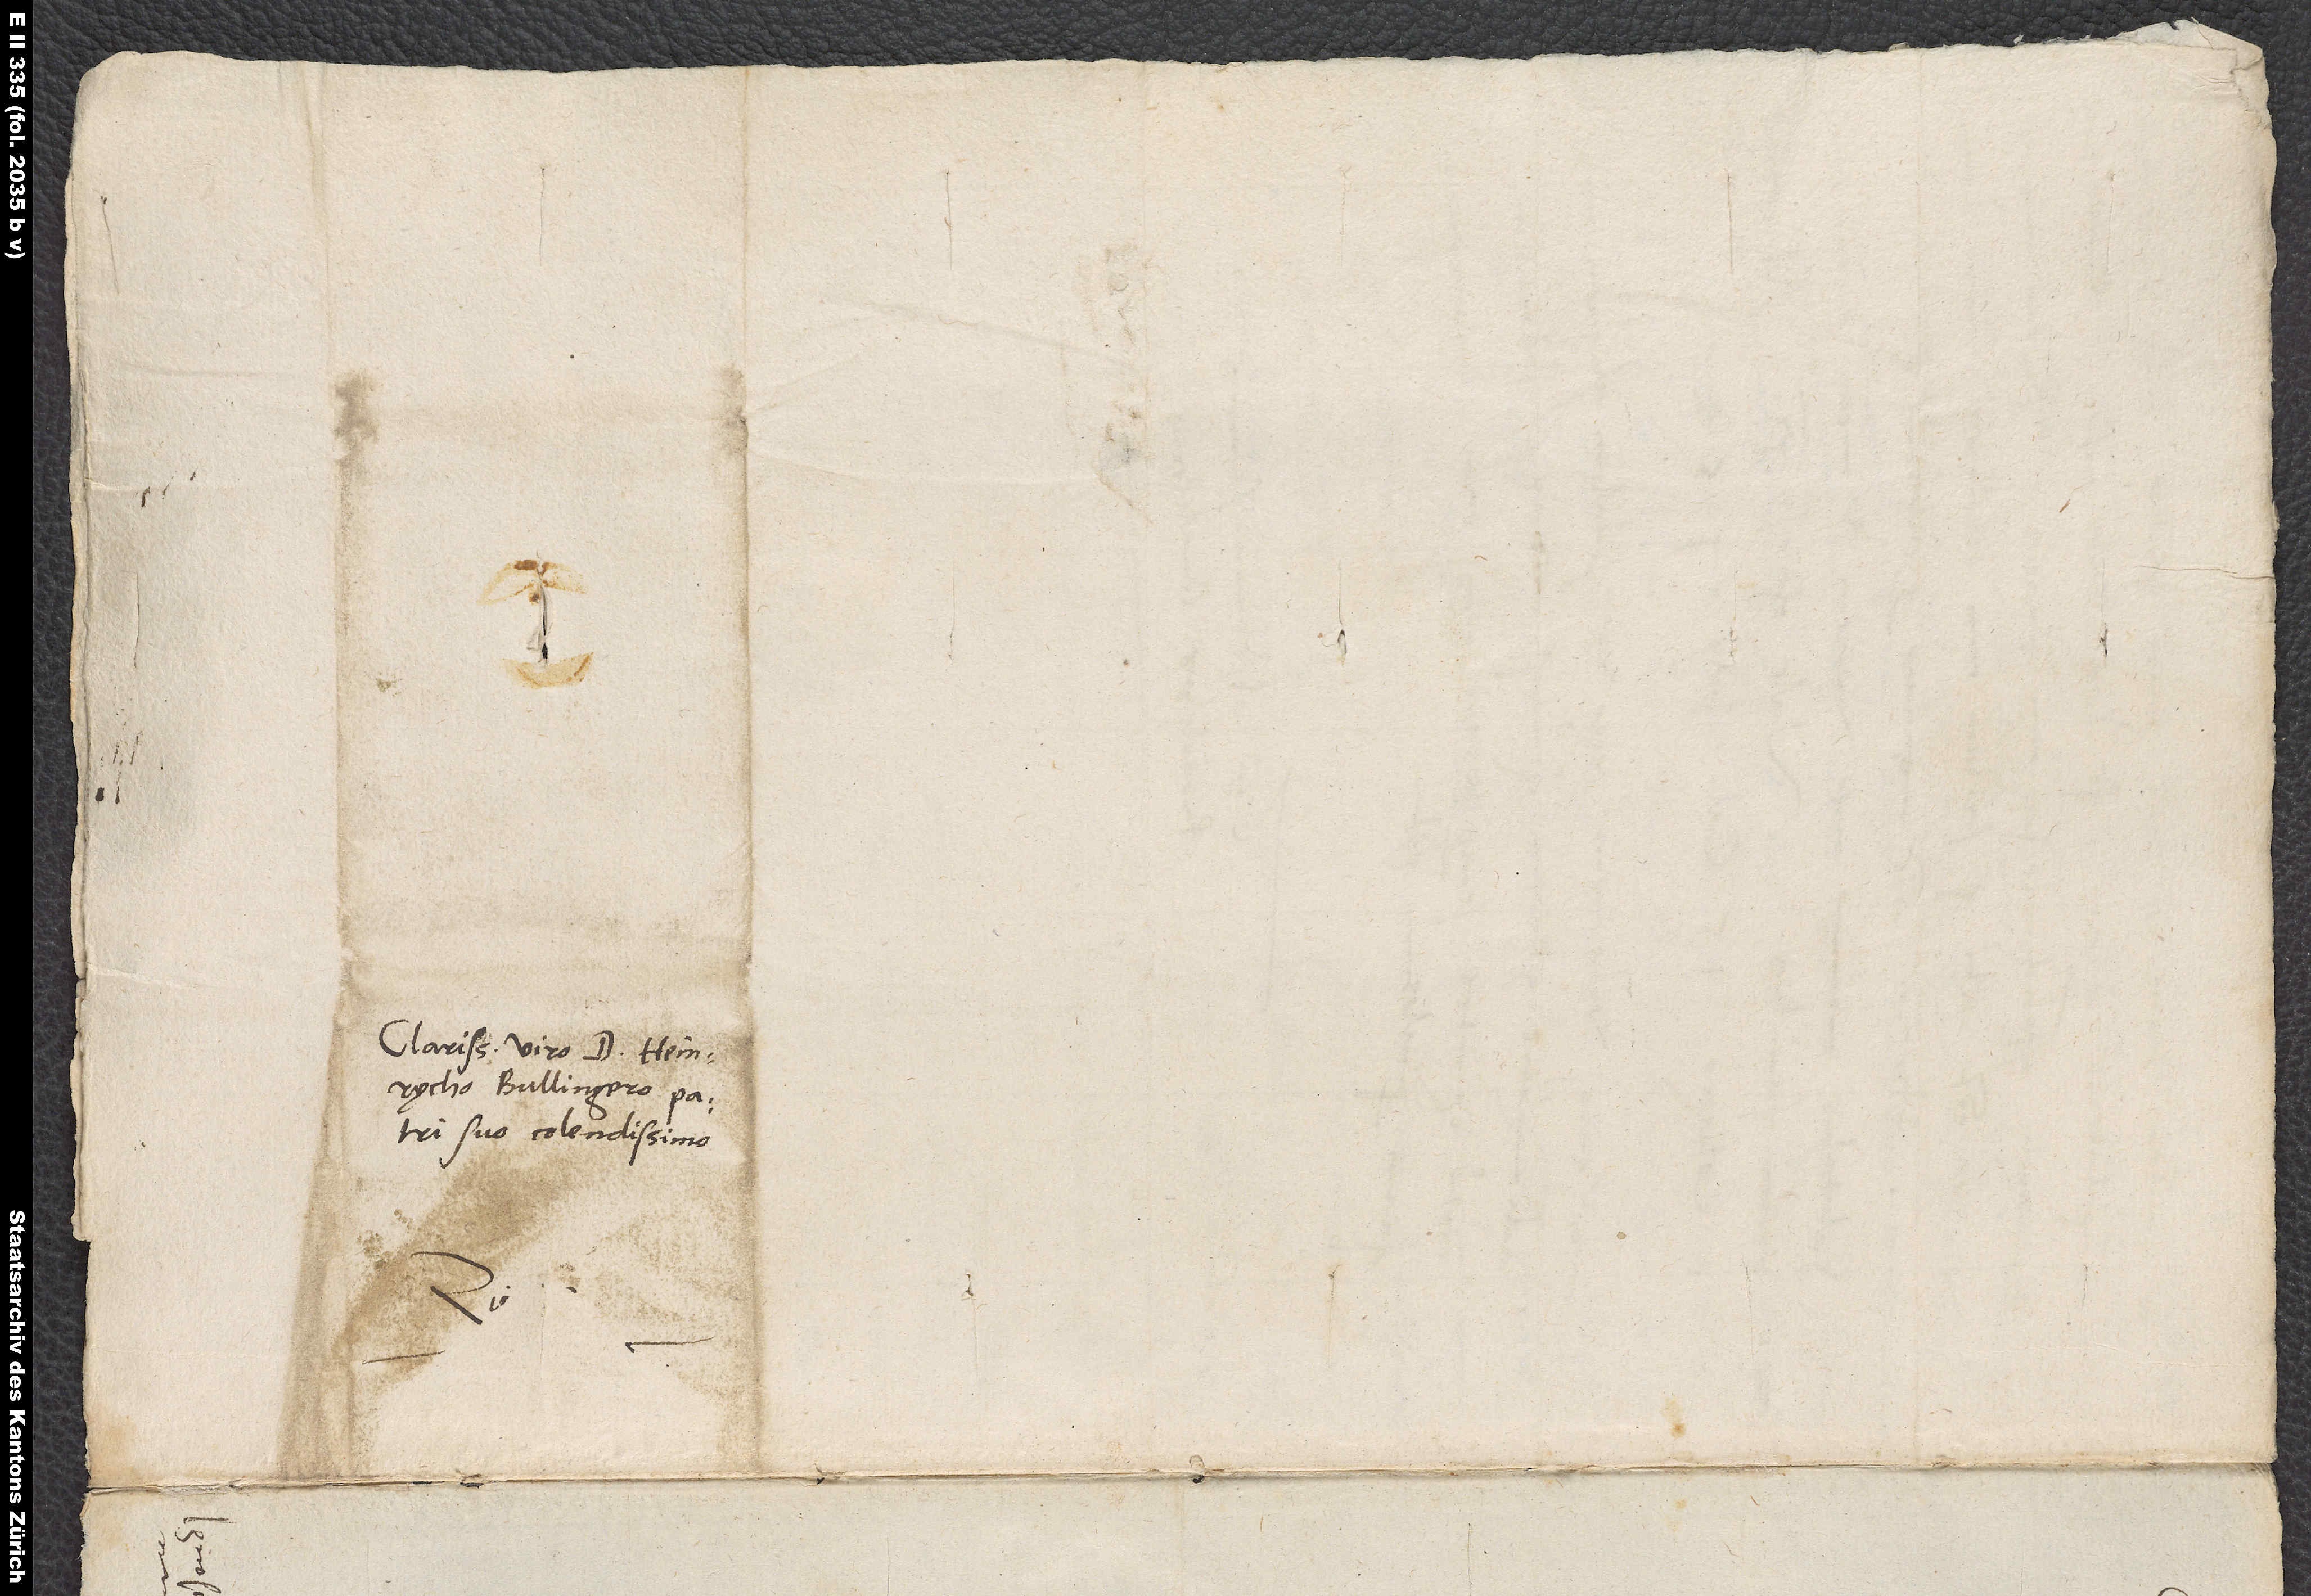
Clarissimo viro d. Heinrycho
Bullingero, patri
suo colendissimo.